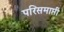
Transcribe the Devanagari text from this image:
परिसमाप्ती